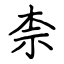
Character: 柰